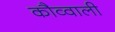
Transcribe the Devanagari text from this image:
कौव्वाली